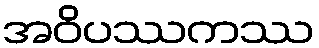
အဝိပဿကဿ